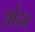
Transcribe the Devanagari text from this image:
सांद्रव